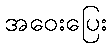
အဝေးပြေး